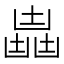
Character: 𠚛